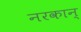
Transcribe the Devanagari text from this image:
नरकान्